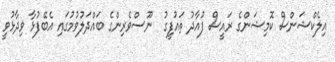
އިލެކްޝަންސް ކޮމިޝަންގެ ރައީސް ފުއާދު ތައުފީގު  ނޫސްވެރިންގެ ބައްދަލުވުމުގައި އެބޭފުޅާ ވިދާޅުވީ